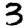
Digit: 3